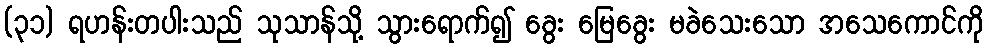
(၃၁) ရဟန်းတပါးသည် သုသာန်သို့ သွားရောက်၍ ခွေး မြေခွေး မခဲသေးသော အသေကောင်ကို